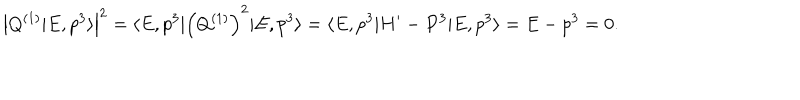
\left| Q ^ { ( 1 ) } \vert E , p ^ { 3 } \rangle \right| ^ { 2 } = \langle E , p ^ { 3 } \vert \left( Q ^ { ( 1 ) } \right) ^ { 2 } \vert E , p ^ { 3 } \rangle = \langle E , p ^ { 3 } \vert H ^ { \prime } - P ^ { 3 } \vert E , p ^ { 3 } \rangle = E - p ^ { 3 } = 0 .